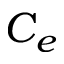
C _ { e }